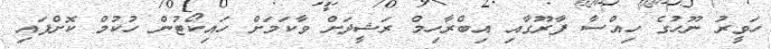
ހަވީރު ނޫހުގެ ހިއްސާ ފާރޫގާއި އިބްރާހިމް ރަޝީދަށް ވާކަމަށް ހައިކޯޓުން ހުކުމް ކޮށްފައި